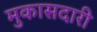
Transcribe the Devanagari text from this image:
मुकासदारी